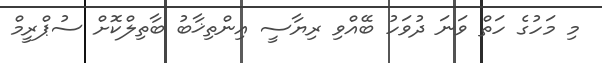
މި މަހުގެ ހަތް ވަނަ ދުވަހު ބޭއްވި ރިޔާސީ އިންތިޚާބު ބާތިލްކޮށް ސުޕްރީމް